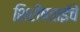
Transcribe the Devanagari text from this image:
शिरीषताईंचे